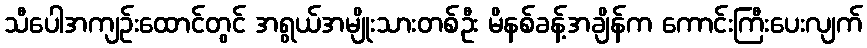
သီပေါအကျဉ်းထောင်တွင် အရွယ်အမျိုးသားတစ်ဦး မိနစ်ခန့်အချိန်က ကောင်းကြီးပေးလျက်